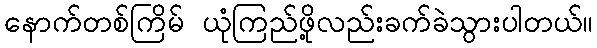
နောက်တစ်ကြိမ် ယုံကြည်ဖို့လည်းခက်ခဲသွားပါတယ်။